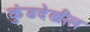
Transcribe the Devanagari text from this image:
कुंडदेखील